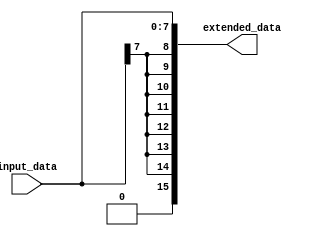
`timescale 1ns / 1ps
//////////////////////////////////////////////////////////////////////////////////
// Company: 
// Engineer: 
// 
// Design Name: 
// Module Name: sign_extend
// Project Name: 
// Target Devices: 
// Tool Versions: 
// Description: 
// 
// Dependencies: 
// 
// Revision:
// Revision 0.01 - File Created
// Additional Comments:
// 
//////////////////////////////////////////////////////////////////////////////////


module sign_extend#(parameter W = 8)(
    input [W-1:0] input_data,
    output reg [2*W-1:0] extended_data
);

always @* begin
    extended_data = {{(W-1){input_data[W-1]}}, input_data};
end

endmodule